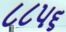
૮૮૫૬